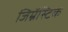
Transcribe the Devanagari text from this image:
जिम्नॅस्टिक